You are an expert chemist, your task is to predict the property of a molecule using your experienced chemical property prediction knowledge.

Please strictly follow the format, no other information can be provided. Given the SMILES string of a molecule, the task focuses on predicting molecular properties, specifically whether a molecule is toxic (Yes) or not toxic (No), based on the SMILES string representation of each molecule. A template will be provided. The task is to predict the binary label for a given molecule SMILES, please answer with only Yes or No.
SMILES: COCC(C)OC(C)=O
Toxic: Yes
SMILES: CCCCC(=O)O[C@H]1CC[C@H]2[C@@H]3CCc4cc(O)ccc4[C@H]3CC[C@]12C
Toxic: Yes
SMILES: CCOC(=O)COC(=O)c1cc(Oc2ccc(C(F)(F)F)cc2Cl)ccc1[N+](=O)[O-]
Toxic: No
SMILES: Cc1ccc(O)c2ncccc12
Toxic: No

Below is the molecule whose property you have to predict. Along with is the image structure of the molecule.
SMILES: NCCS
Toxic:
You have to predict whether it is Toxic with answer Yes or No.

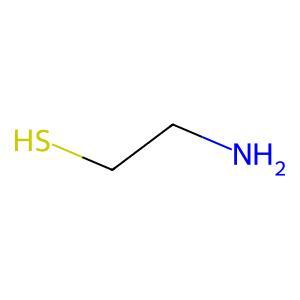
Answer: No